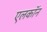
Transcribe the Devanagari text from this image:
एलकॉन